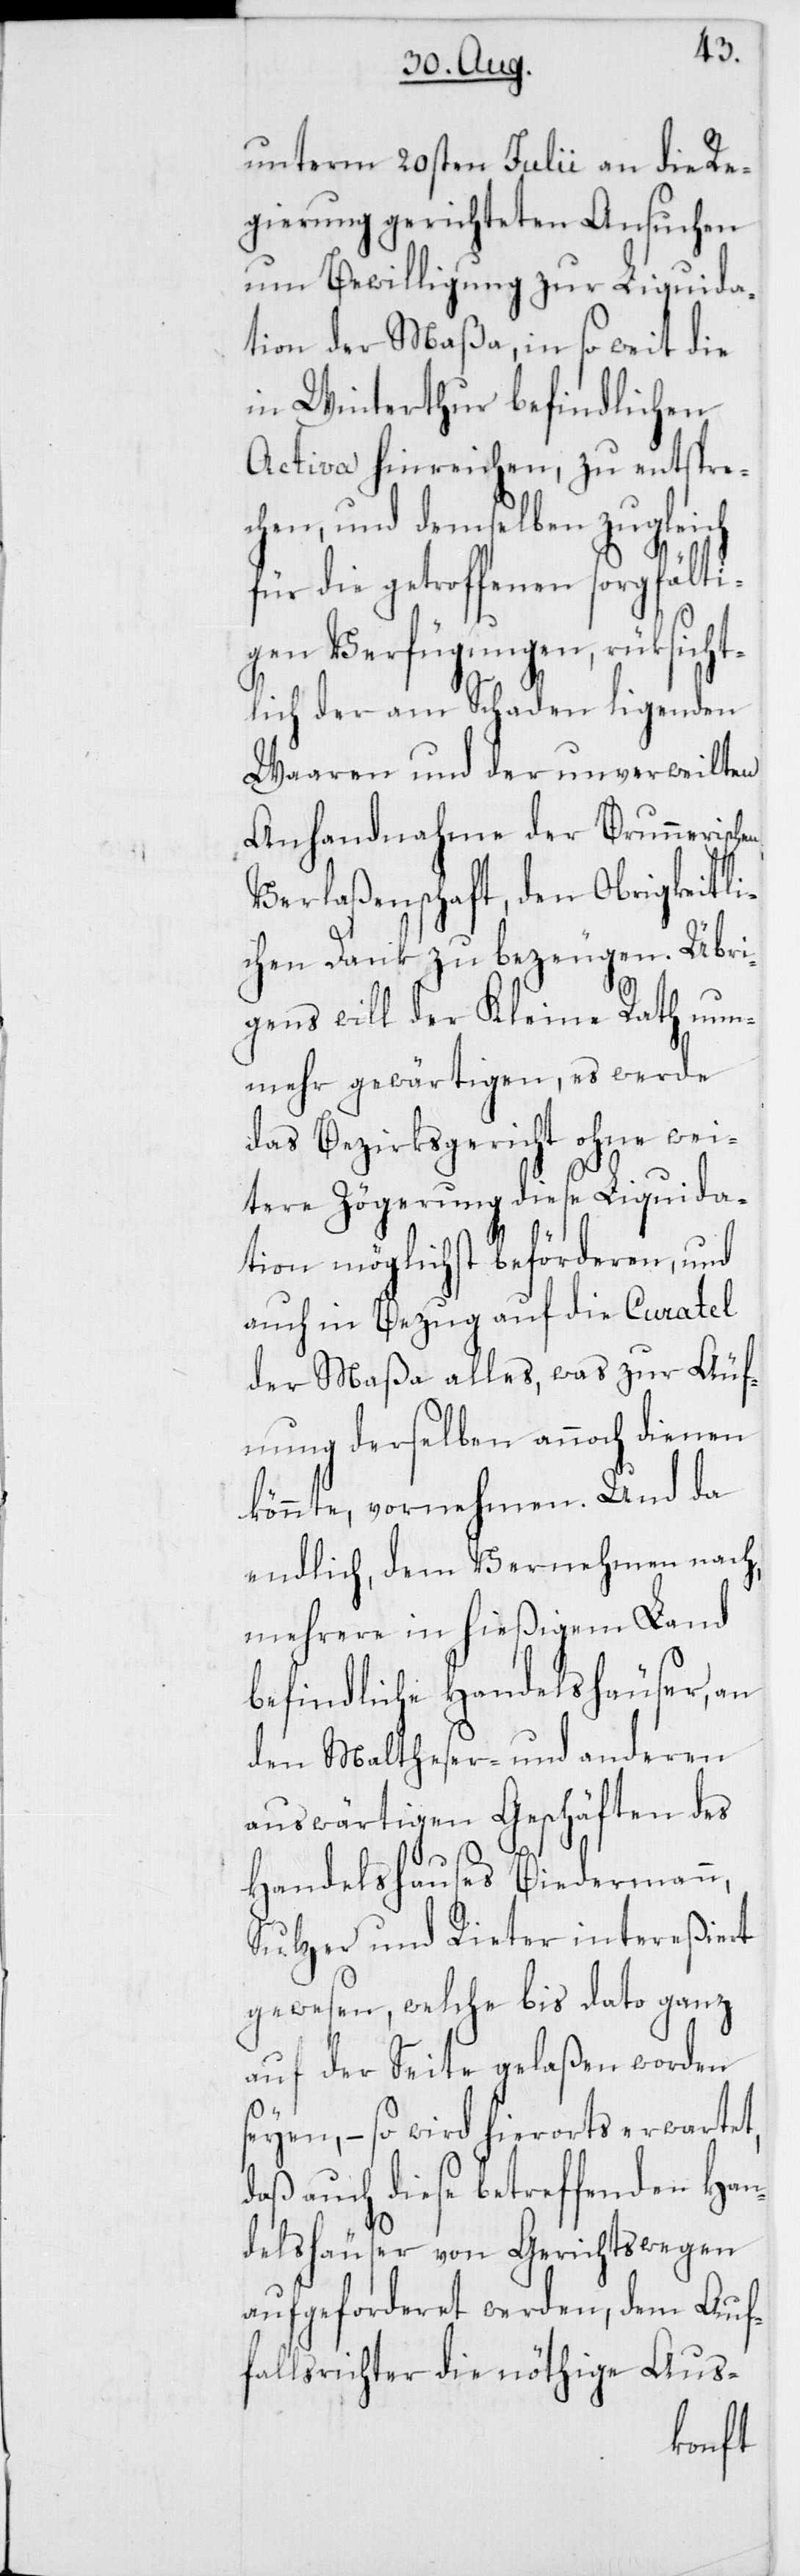
Übri¬
unterm 20sten Julii an die Re¬
gierung gerichteten Ansuchen
um Bewilligung zur Liquida¬
tion der Maßa, in so weit die
in Winterthur befindlichen
Activa hinreichen, zu entsprec¬
hen, und demselben zugleich
für die getroffenen sorgfälti¬
gen Verfügungen, rücksicht¬
lich der am Schaden ligenden
Waaren und der unverweilten
Anhandnahme der Brunnerischen
Verlaßenschaft, den Obrigkeitli¬
chen Dank zu bezeugen.
gens will der Kleine Rath nun¬
mehr gewärtigen, es werde
das Bezirksgericht ohne wei¬
tere Zögerung diese Liquida¬
tion möglichst beförderen, und
auch in Bezug auf die Curatel
der Maßa alles, was zur Äuf¬
nung derselben annoch dienen
könnte, vornehmen. Und da
endlich, dem Vernehmen nach,
mehrere in hießigem Land
befindliche Handelshäuser, an
den Maltheser- und anderen
auswärtigen Geschäften des
Handelshauses Biedermann,
Sulzer und Rieter intereßiert
gewesen, welche bis dato ganz
auf der Seite gelaßen worden
seyen, – so wird hierorts erwartet,
daß auch diese betreffenden Han¬
delshäuser von Gerichtswegen
aufgeforderet werden, dem Auf¬
fallsrichter die nöthige Aus-